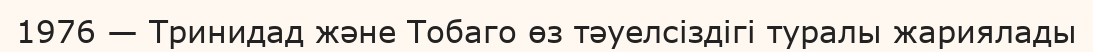
1976 — Тринидад және Тобаго өз тәуелсіздігі туралы жариялады